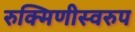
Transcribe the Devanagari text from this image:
रुक्मिणीस्वरुप